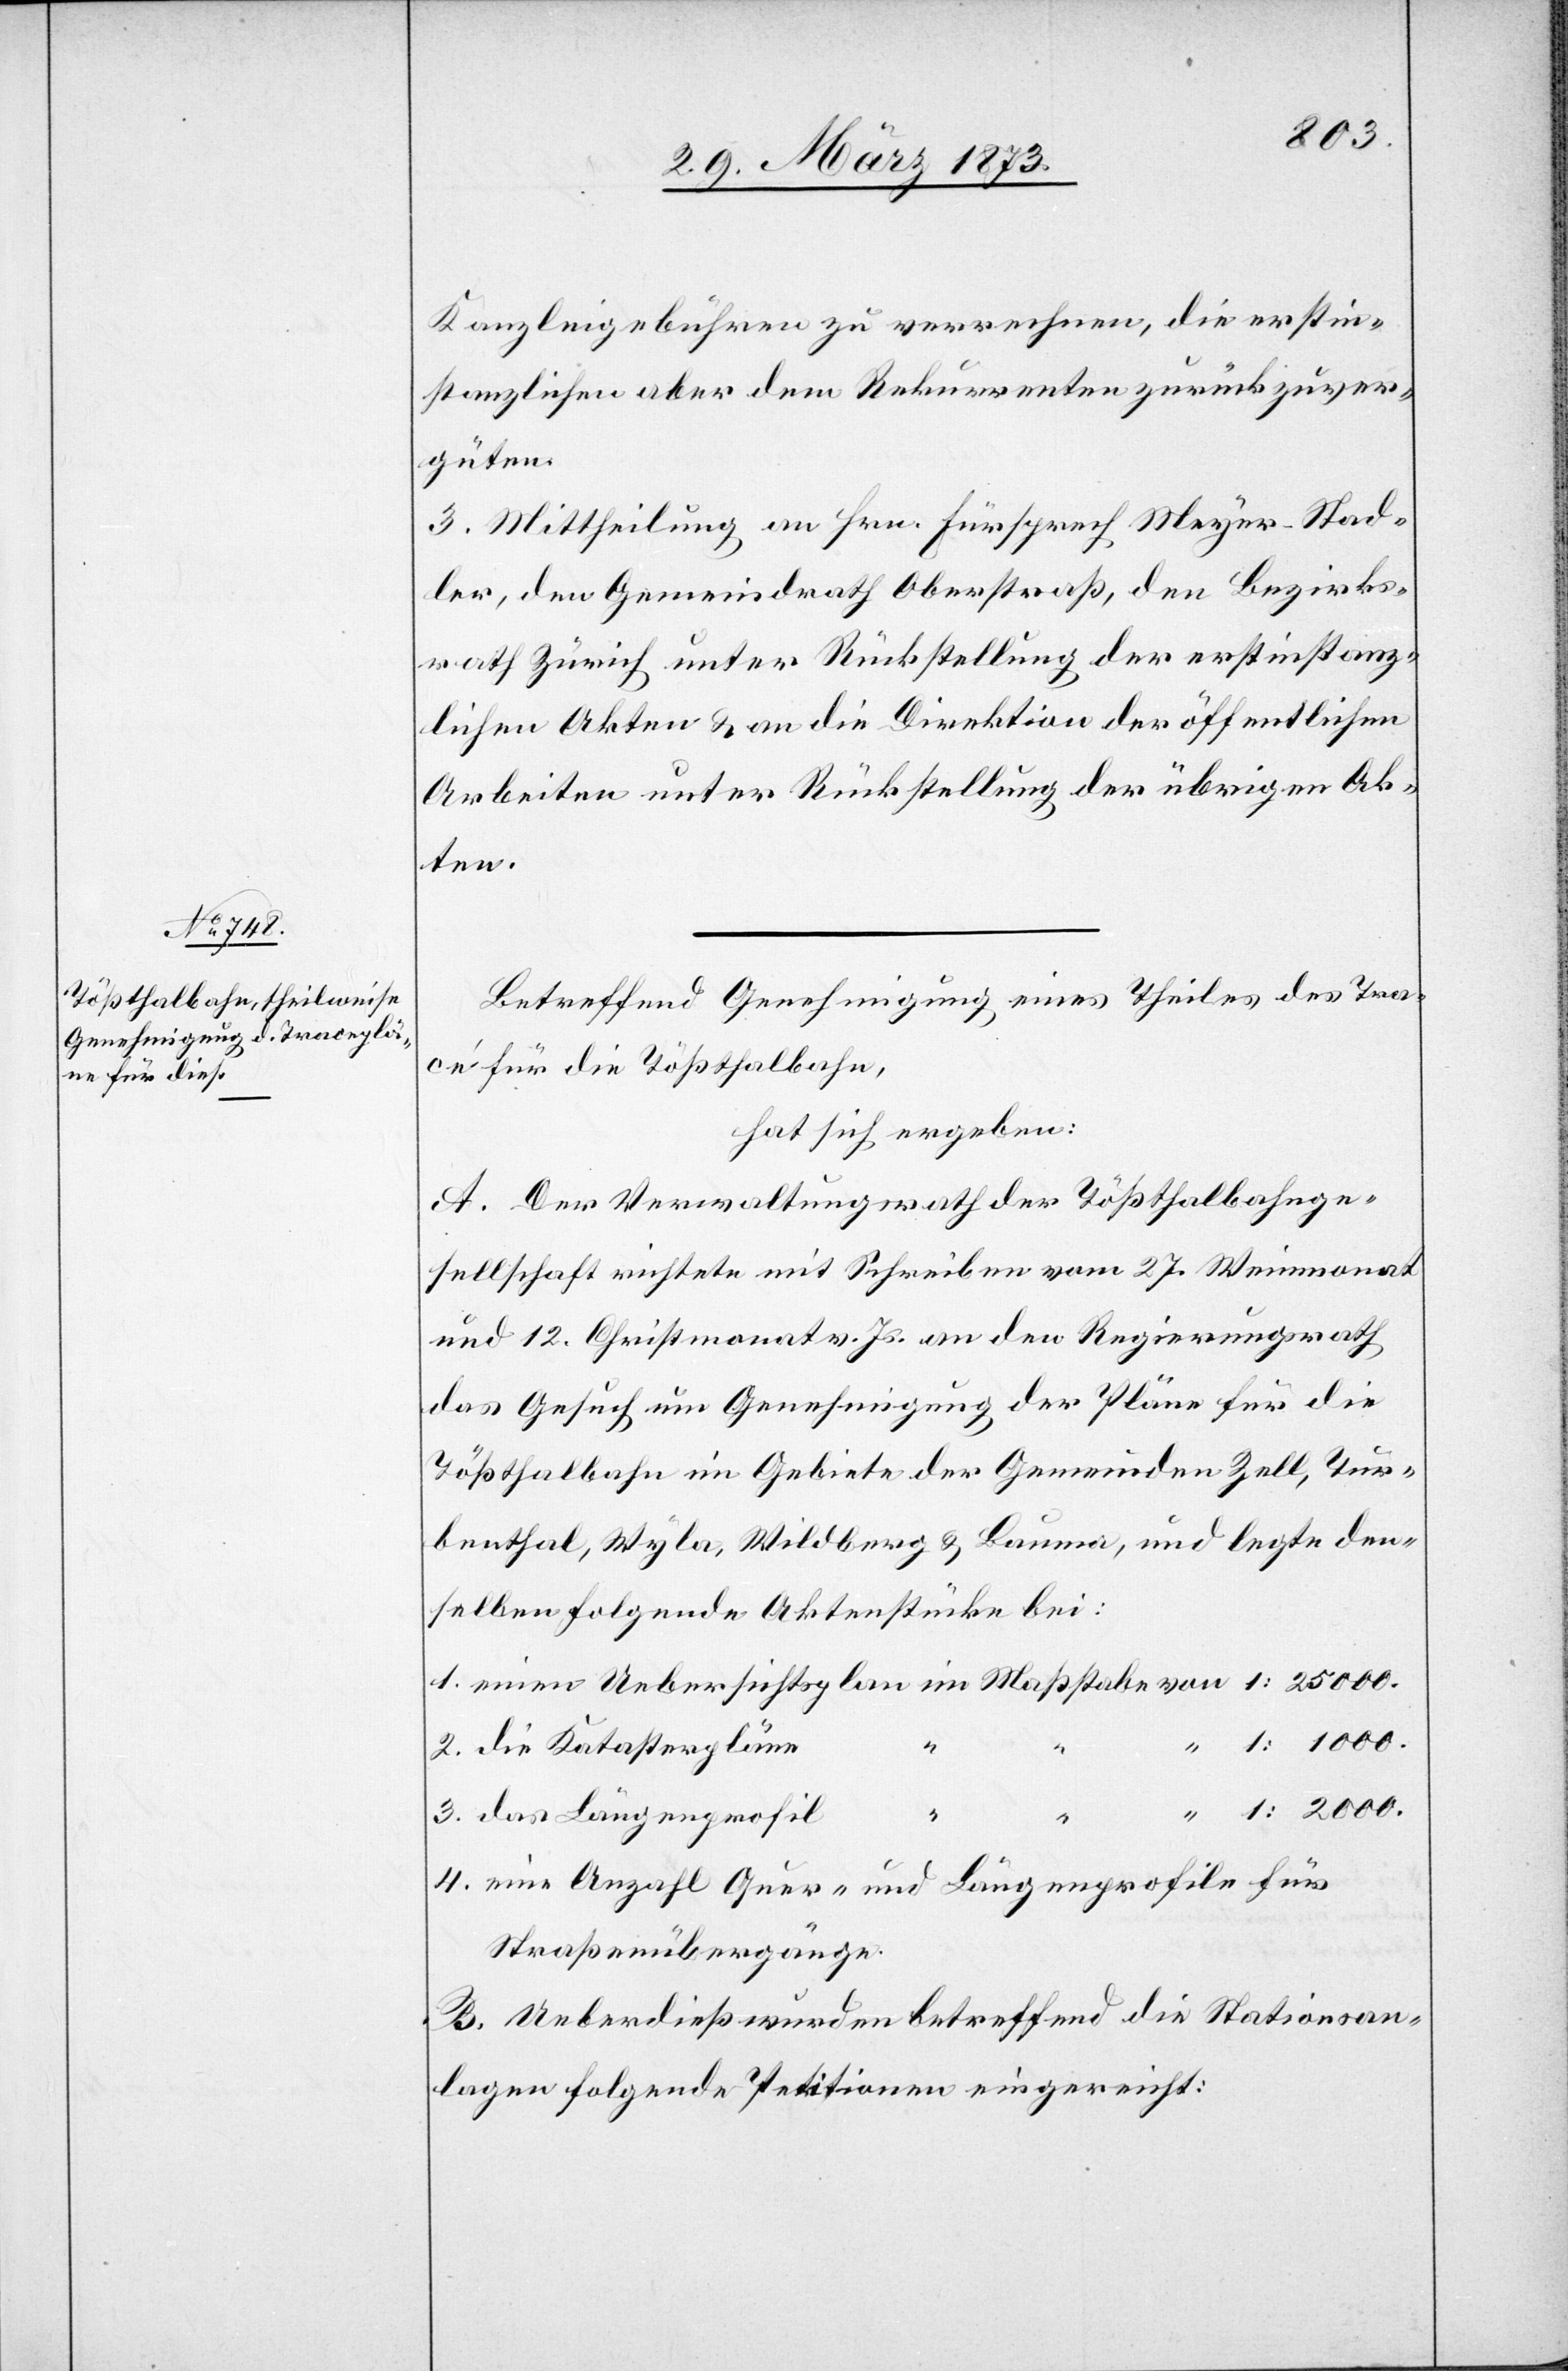
Kanzleigebühren zu verrechnen, die erstin¬
stanzlichen aber dem Rekurrenten zurückzuver¬
güten.
3. Mittheilung an Hrn. Fürsprech Meyer-Stad¬
ler, den Gemeindrath Oberstraß, den Bezirks¬
rath Zürich unter Rückstellung der erstinstanz¬
lichen Akten u. an die Direktion der öffentlichen
Arbeiten unter Rückstellung der übrigen Ak¬
ten.
Betreffend Genehmigung eines Theils des Tra¬
cé für die Tößthalbahn,
hat sich ergeben:
A. Der Verwaltungsrath der Tößthalbahnge¬
sellschaft richtete mit Schreiben vom 27. Weinmonat
und 12. Christmonat v. Js. an den Regierungsrath
das Gesuch um Genehmigung der Pläne für die
Tößthalbahn im Gebiete der Gemeinden Zell, Tur¬
benthal, Wyla, Wildberg u. Bauma, und legte den¬
selben folgende Aktenstücke bei:
2. die Katasterpläne
3. das Längenprofil
“
4. eine Anzahl Quer- und Längenprofile für
Straßenübergänge.
B. Ueberdieß wurden betreffend die Stationsan¬
lagen folgende Petitionen eingereicht: